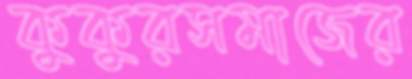
কুকুরসমাজের